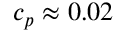
c _ { p } \approx 0 . 0 2